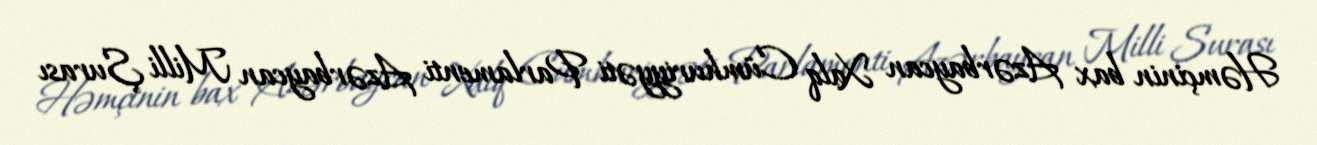
Həmçinin bax Azərbaycan Xalq Cümhuriyyəti Parlamenti Azərbaycan Milli Şurası